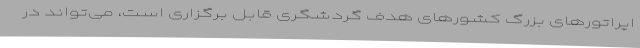
اپراتورهای بزرگ کشورهای هدف گردشگری قابل برگزاری است، می‌تواند در